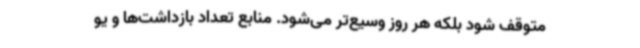
متوقف شود بلکه هر روز وسیع‌تر می‌شود. منابع تعداد بازداشت‌ها و یو